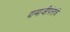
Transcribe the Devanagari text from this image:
दामाजीपंतांचे